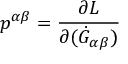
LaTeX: p ^ { \alpha \beta } = \frac { \partial { \cal L } } { \partial ( \dot { \cal G } _ { \alpha \beta } ) }